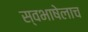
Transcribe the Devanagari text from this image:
स्वभाषेलाच